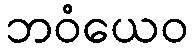
ဘဝံယေဝ